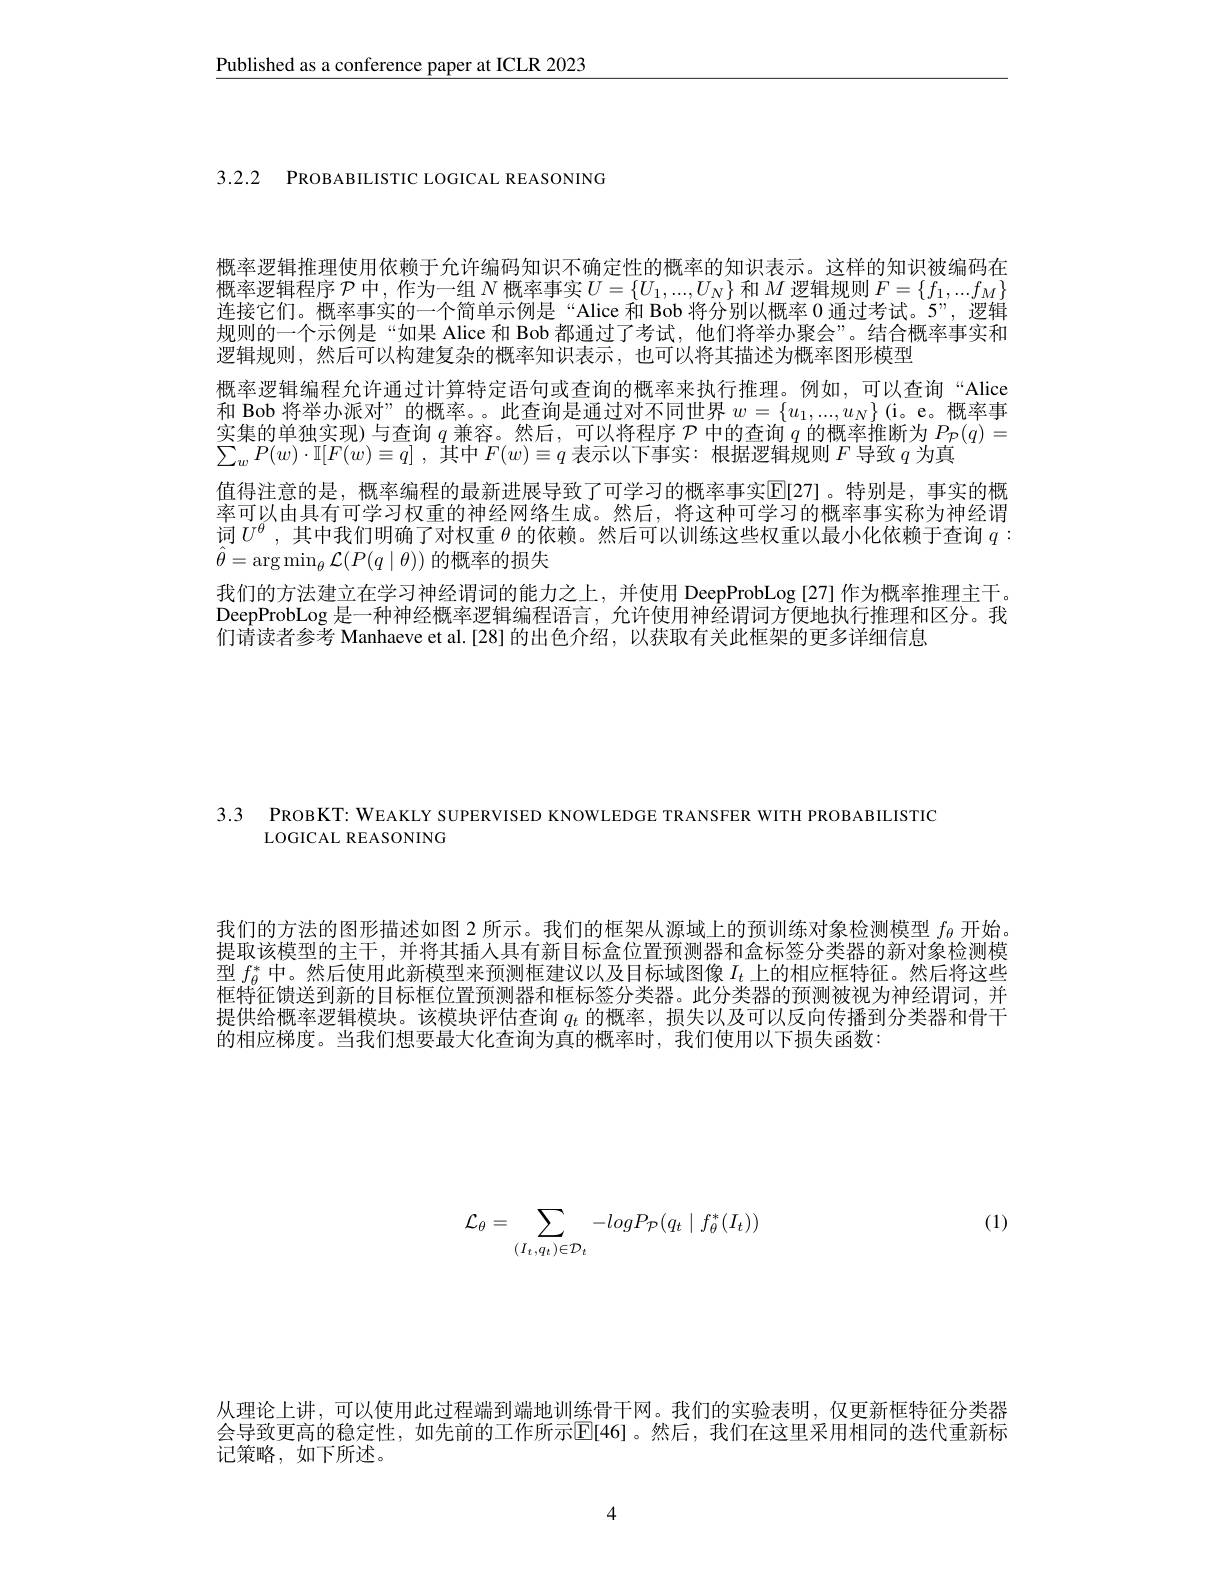
Published as a conference paper at ICLR 2023

3.2.2 PROBABILISTIC LOGICAL REASONING

概率逻辑推理使用依赖于允许编码知识不确定性的概率的知识表示。这样的知识被编码在概率逻辑程序$\mathcal{P}$中，作为一组$N$概率事实$U=\{U_1,...,U_N\}$和$M$逻辑规则$F=\{f_1,...f_M\}$ 连接它们。概率事实的一个简单示例是“Alice 和 Bob 将分别以概率0通过考试。5”,逻辑规则的一个示例是“如果 Alice 和 Bob 都通过了考试，他们将举办聚会”。结合概率事实和逻辑规则，然后可以构建复杂的概率知识表示，也可以将其描述为概率图形模型
概率逻辑编程允许通过计算特定语句或查询的概率来执行推理。例如，可以查询“Alice 和 Bob 将举办派对”的概率。。此查询是通过对不同世界$w=\{u_1,...,u_N\}$ (i。e。概率事实集的单独实现)与查询$q$兼容。然后，可以将程序$\mathcal{P}$中的查询$q$的概率推断为$P_\mathcal{P}(q)=$ $\sum _wP( w) \cdot \mathbb{I} [ F( w) \equiv q]$ ,其中$F(w)\equiv q$表示以下事实：根据逻辑规则$F$导致$q$为真
值得注意的是，概率编程的最新进展导致了可学习的概率事实$\operatorname{E}[27]$。特别是，事实的概率可以由具有可学习权重的神经网络生成。然后，将这种可学习的概率事实称为神经谓词$U^\theta$,其中我们明确了对权重$\theta$的依赖。然后可以训练这些权重以最小化依赖于查询$q:$ $\hat{\theta}=\arg\min_\theta\mathcal{L}(P(q\mid\theta))$的概率的损失
我们的方法建立在学习神经谓词的能力之上，并使用 DeepProbLog [27] 作为概率推理主干。DeepProbLog 是一种神经概率逻辑编程语言，允许使用神经谓词方便地执行推理和区分。我们请读者参考 Manhaeve et al.[28]的出色介绍，以获取有关此框架的更多详细信息

3.3 PROBKT: WEAKLY SUPERVISED KNOWLEDGE TRANSFER WITH PROBABILISTIC
LOGICAL REASONING

我们的方法的图形描述如图 2 所示。我们的框架从源域上的预训练对象检测模型$f_\mathrm{\theta}$开始提取该模型的主干，并将其插人具有新目标盒位置预测器和盒标签分类器的新对象检测模型$f_\theta^*$中。然后使用此新模型来预测框建议以及目标域图像$I_t$上的相应框特征。然后将这些框特征馈送到新的目标框位置预测器和框标签分类器。此分类器的预测被视为神经谓词，并提供给概率逻辑模块。该模块评估查询$q_t$的概率，损失以及可以反向传播到分类器和骨干的相应梯度。当我们想要最大化查询为真的概率时，我们使用以下损失函数：

(1)
$$\mathcal{L}_\theta=\sum\limits_{(I_t,q_t)\in\mathcal{D}_t}-logP_{\mathcal{P}}(q_t\mid f_\theta^*(I_t))$$
从理论上讲，可以使用此过程端到端地训练骨干网。我们的实验表明，仅更新框特征分类器会导致更高的稳定性，如先前的工作所示$\overline{\mathbb{E}}$[46]。然后，我们在这里采用相同的迭代重新标记策略，如下所述。

4